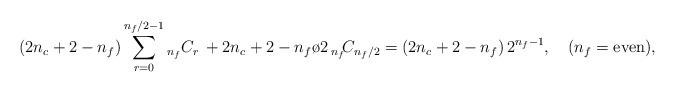
LaTeX: \begin{align*}(2 n_c +2 - n_f) \sum_{r=0}^{{n_f}/2-1} {}_{n_f} C_r \, + {2 n_c +2 - n_f \o 2}\, {}_{n_f} \!C_{n_f/2} = (2 n_c +2 - n_f) \, 2^{n_f-1}, \quad (n_f = {\hbox {\rm even}}),\end{align*}